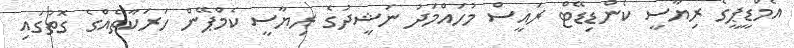
އެމްޑީޕީގެ ރިޔާސީ ކެންޑިޑޭޓް ރައީސް މުހައްމަދު ނަޝީދުގެ ރިޔާސީ ކެމްޕޭން ހަރަކާތެއްގެ ގޮތުގައި